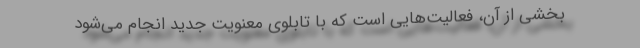
بخشی از آن، فعالیت‌هایی است که با تابلوی معنویت جدید انجام می‌شود